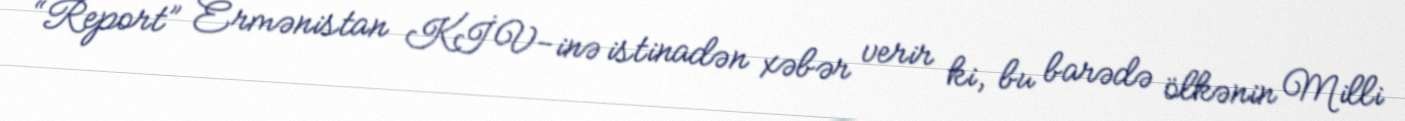
“Report” Ermənistan KİV-inə istinadən xəbər verir ki, bu barədə ölkənin Milli